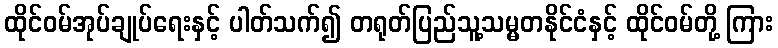
ထိုင်ဝမ်အုပ်ချုပ်ရေးနှင့် ပါတ်သက်၍ တရုတ်ပြည်သူ့သမ္မတနိုင်ငံနှင့် ထိုင်ဝမ်တို့ ကြား